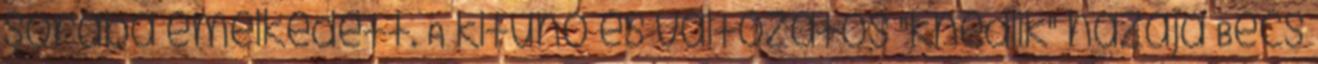
sorába emelkedett. A kitűnő és változatos "knédlik" hazája Bécs